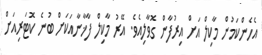
އެހެންކަމުން މާކިލް އަށް އިރުފާން ގޮވާލިއެވެ. އޭރު މާކިލް ފާޚާނާއަކަށް ބުނެ ކޮޓަރިއަށް